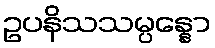
ဥပနိသသမ္ပန္နော